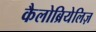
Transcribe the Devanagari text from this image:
कैलोब्रियेलिज़